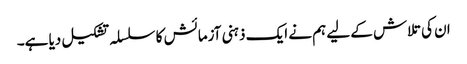
ان کی تلاش کے لیے ہم نے ایک ذہنی آزمائش کا سلسلہ تشکیل دیا ہے۔